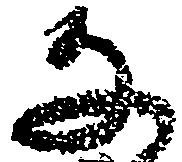
な